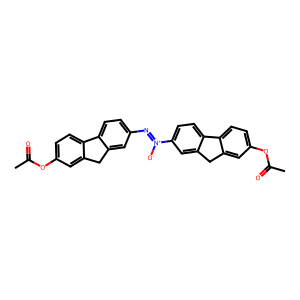
SMILES: CC(=O)Oc1ccc2c(c1)Cc1cc(N=[N+]([O-])c3ccc4c(c3)Cc3cc(OC(C)=O)ccc3-4)ccc1-2
Inhibits HIV replication: No